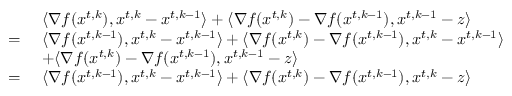
\begin{array} { r l } & { \langle \nabla f ( { x } ^ { t , k } ) , { x } ^ { t , k } - { x } ^ { t , k - 1 } \rangle + \langle \nabla f ( { x } ^ { t , k } ) - \nabla f ( { x } ^ { t , k - 1 } ) , { x } ^ { t , k - 1 } - { z } \rangle } \\ { = \ } & { \langle \nabla f ( { x } ^ { t , k - 1 } ) , { x } ^ { t , k } - { x } ^ { t , k - 1 } \rangle + \langle \nabla f ( { x } ^ { t , k } ) - \nabla f ( { x } ^ { t , k - 1 } ) , { x } ^ { t , k } - { x } ^ { t , k - 1 } \rangle } \\ & { + \langle \nabla f ( { x } ^ { t , k } ) - \nabla f ( { x } ^ { t , k - 1 } ) , { x } ^ { t , k - 1 } - { z } \rangle } \\ { = \ } & { \langle \nabla f ( { x } ^ { t , k - 1 } ) , { x } ^ { t , k } - { x } ^ { t , k - 1 } \rangle + \langle \nabla f ( { x } ^ { t , k } ) - \nabla f ( { x } ^ { t , k - 1 } ) , { x } ^ { t , k } - { z } \rangle } \end{array}